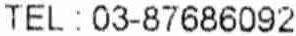
TEL : 03-87686092